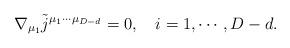
LaTeX: \begin{align*}\nabla _{\mu _1}\tilde j^{\mu _1\cdots \mu _{D-d}}=0,\quad i=1,\cdots ,D-d.\end{align*}